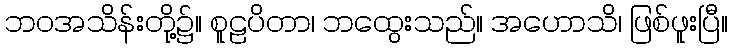
ဘဝအသိန်းတို့၌။ စူဠပိတာ၊ ဘထွေးသည်။ အဟောသိ၊ ဖြစ်ဖူးပြီ။